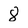
Character: 8